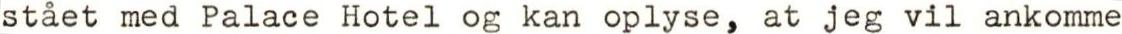
stået med Palace Hotel og kan oplyse, at jeg vil ankomme